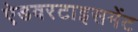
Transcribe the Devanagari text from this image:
ऐडवरटाइसमेंट